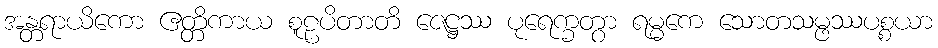
အန္တရာယိကော ဧတ္တိကာယ စူဠပိတာတိ ဇေဋ္ဌဿ ပုရေက္ခတွာ ရမ္မကေ သောတသမ္ဖဿပစ္စယာ